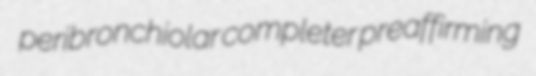
peribronchiolar completer preaffirming